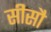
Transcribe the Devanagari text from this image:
सीसौ